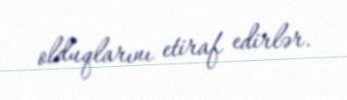
olduqlarını etiraf edirlər.